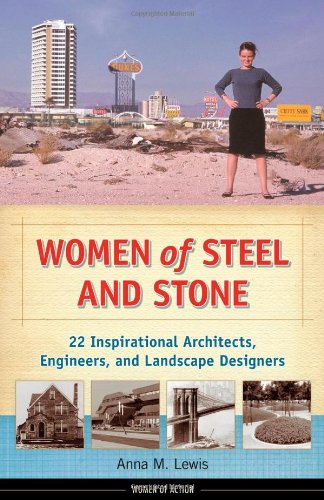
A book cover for Women of Steel and Stone: 22 Inspirational Architects, Engineers, and Landscape Designers (Women of Action); Anna M. Lewis; Teen & Young Adult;